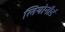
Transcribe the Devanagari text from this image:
लियोनौर्ड